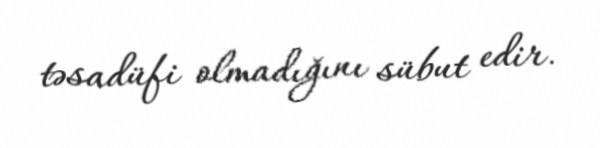
təsadüfi olmadığını sübut edir.